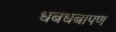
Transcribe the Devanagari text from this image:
धबधबापण